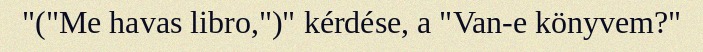
"("Me havas libro,")" kérdése, a "Van-e könyvem?"